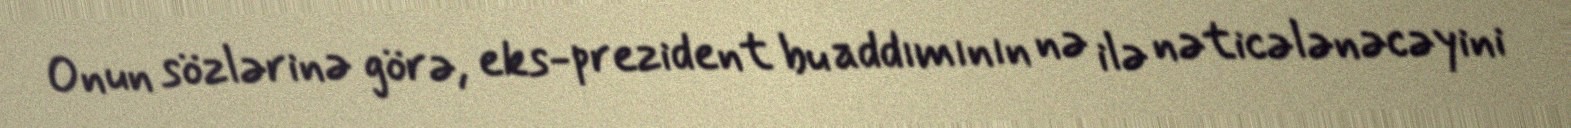
Onun sözlərinə görə, eks-prezident bu addımının nə ilə nəticələnəcəyini